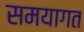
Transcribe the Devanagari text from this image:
समयागत